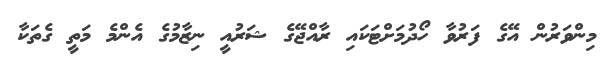
މިންވަރުން އޭގެ ފަރުވާ ހޯދުމަށްޓަކައި ރާއްޖޭގެ ޝަރުއީ ނިޒާމުގެ އެންމެ މަތީ ގެތަކާ